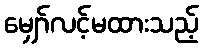
မျှော်လင့်မထားသည့်